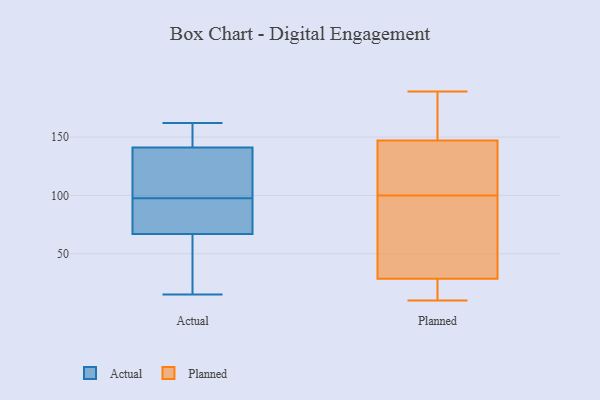
{"axis": {"x": "Inventory Turnover", "y": "Value"}, "legend": ["Actual", "Planned"], "data": [{"x": "", "y": 89, "type": "Actual"}, {"x": "", "y": 156, "type": "Actual"}, {"x": "", "y": 160, "type": "Actual"}, {"x": "", "y": 59, "type": "Actual"}, {"x": "", "y": 32, "type": "Actual"}, {"x": "", "y": 97, "type": "Actual"}, {"x": "", "y": 15, "type": "Actual"}, {"x": "", "y": 126, "type": "Actual"}, {"x": "", "y": 75, "type": "Actual"}, {"x": "", "y": 123, "type": "Actual"}, {"x": "", "y": 162, "type": "Actual"}, {"x": "", "y": 98, "type": "Actual"}, {"x": "", "y": 169, "type": "Planned"}, {"x": "", "y": 10, "type": "Planned"}, {"x": "", "y": 145, "type": "Planned"}, {"x": "", "y": 83, "type": "Planned"}, {"x": "", "y": 125, "type": "Planned"}, {"x": "", "y": 100, "type": "Planned"}, {"x": "", "y": 14, "type": "Planned"}, {"x": "", "y": 79, "type": "Planned"}, {"x": "", "y": 132, "type": "Planned"}, {"x": "", "y": 154, "type": "Planned"}, {"x": "", "y": 141, "type": "Planned"}, {"x": "", "y": 16, "type": "Planned"}, {"x": "", "y": 153, "type": "Planned"}, {"x": "", "y": 189, "type": "Planned"}, {"x": "", "y": 24, "type": "Planned"}, {"x": "", "y": 52, "type": "Planned"}, {"x": "", "y": 30, "type": "Planned"}]}